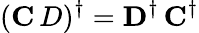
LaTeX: ({\mathbf C\, D})^{\dagger}=\mathbf{D}^{\dagger}\, \mathbf{C}^{\dagger}